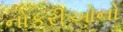
નોકરીઓનો